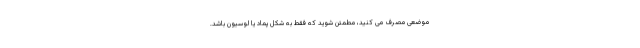
موضعی مصرف می کنید، مطمئن شوید که فقط به شکل پماد یا لوسیون باشد.